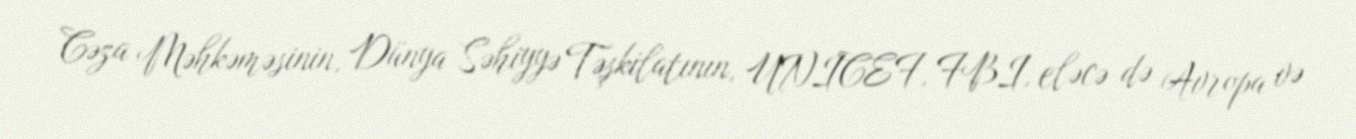
Cəza Məhkəməsinin, Dünya Səhiyyə Təşkilatının, UNICEF, FBI, eləcə də Avropa və